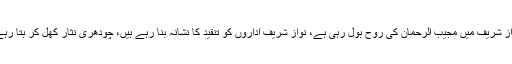
فواد چودھری نے مزید کہا کہ نواز شریف میں مجیب الرحمان کی روح بول رہی ہے، نواز شریف اداروں کو تنقید کا نشانہ بنا رہے ہیں، چودھری نثار کھل کر بتا رہے ہیں کہ کیا سازشیں ہو رہی ہیں۔